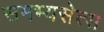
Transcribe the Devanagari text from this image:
समभ्यसेत्स